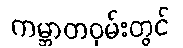
ကမ္ဘာတဝှမ်းတွင်